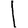
Digit: 1